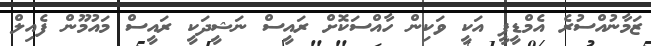
ޒަމާނުއްސުރެ އެމްޑީޕީ އަކީ ވަކިން ހާއްސަކޮށް ރައީސް ނަޝީދަކީ ރައީސް މައުމޫން ފެއިލް